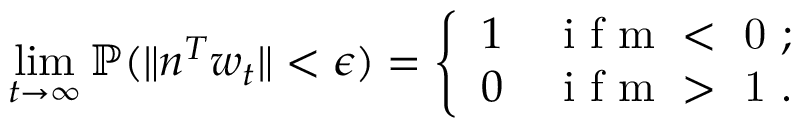
\operatorname* { l i m } _ { t \to \infty } \mathbb { P } ( \| n ^ { T } w _ { t } \| < \epsilon ) = \left\{ \begin{array} { l l } { 1 } & { \mathrm { ~ i ~ f ~ m ~ < ~ 0 ~ } ; } \\ { 0 } & { \mathrm { ~ i ~ f ~ m ~ > ~ 1 ~ } . } \end{array} \right.